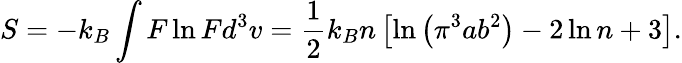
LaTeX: S=-k_{B}\int F\ln Fd^{3}v=\frac{1}{2}k_{B}n\left[\ln\left(\pi^{3}ab^{2}\right)-2\ln n+3\right].